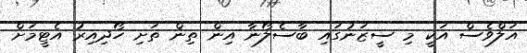
އަލްވެސް އަކީ މި ސީޒަނުގައި ބާސެލޯނާ އިން ތިން ތަށި ހޯދިއިރު އެޓީމަށް